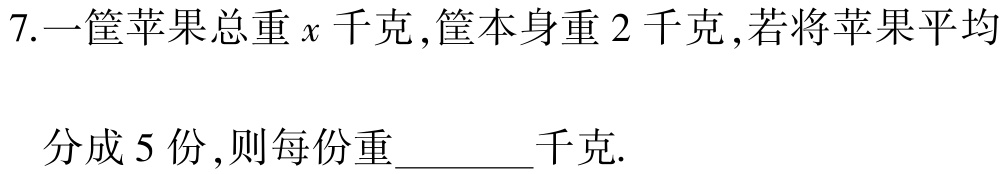
7.一筐苹果总重\(x\)千克，筐本身重\(2\)千克，若将苹果平均
分成\(5\)份，则每份重_______千克.